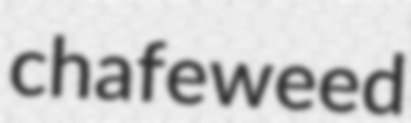
chafeweed